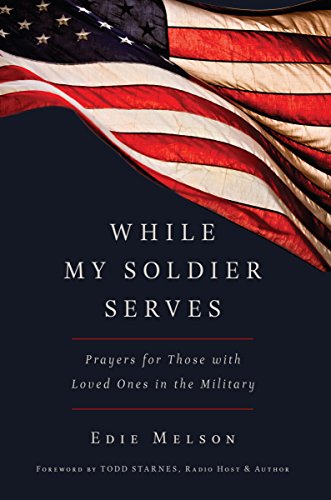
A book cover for While My Soldier Serves: Prayers for Those with Loved Ones in the Military; Edie Melson; Parenting & Relationships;